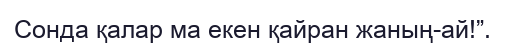
Сонда қалар ма екен қайран жаның-ай!”.